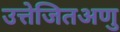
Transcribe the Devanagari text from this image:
उत्तेजितअणु